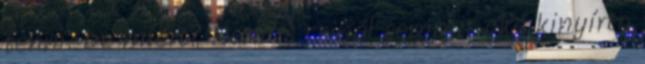
tenni. De miert? Nem is csinál semmit oké kinyírta